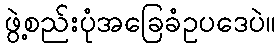
ဖွဲ့စည်းပုံအခြေခံဥပဒေပဲ။